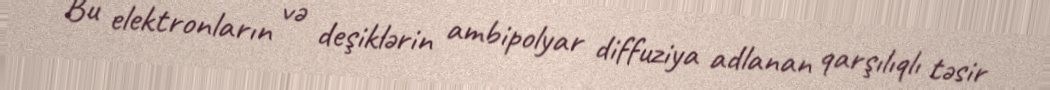
Bu elektronların və deşiklərin ambipolyar diffuziya adlanan qarşılıqlı təsir